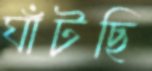
ঘাঁটছি